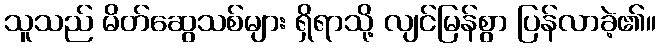
သူသည် မိတ်ဆွေသစ်များ ရှိရာသို့ လျင်မြန်စွာ ပြန်လာခဲ့၏။